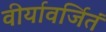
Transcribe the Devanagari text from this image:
वीर्यावर्जितं